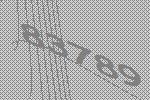
83789